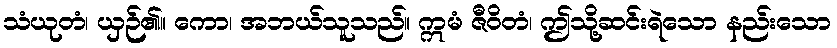
သံယုတံ၊ ယှဉ်၏။ ကော၊ အဘယ်သူသည်။ ဣမံ ဇီဝိတံ၊ ဤသို့ဆင်းရဲသော နည်းသော